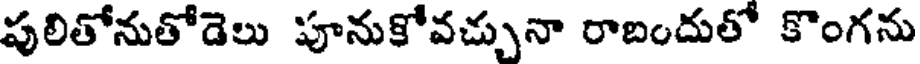
పులితోనుతోడెలు పూనుకోవచ్చునా రాబందుతో కొంగను